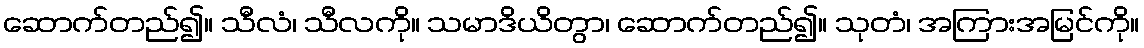
ဆောက်တည်၍။ သီလံ၊ သီလကို။ သမာဒိယိတွာ၊ ဆောက်တည်၍။ သုတံ၊ အကြားအမြင်ကို။